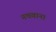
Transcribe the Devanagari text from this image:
नचवाना